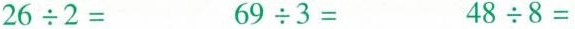
$$26\div 2=$$ $$69\div 3=$$ $$48\div 8=$$